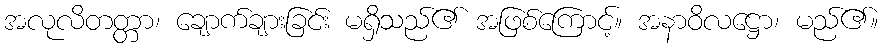
အလုလိတတ္တာ၊ ချောက်ချားခြင်း မရှိသည်၏ အဖြစ်ကြောင့်။ အနာဝိလဋ္ဌော၊ မည်၏။